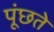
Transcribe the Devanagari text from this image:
पूंछते